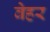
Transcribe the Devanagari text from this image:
वेहर